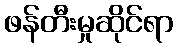
ဖန်တီးမှုဆိုင်ရာ